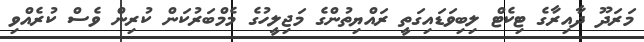
މަރަދޫ ދާއިރާގެ ޓިކެޓް ލިބިވަޑައިގަތީ ރައްޔިތުންގެ މަޖިލީހުގެ މެމްބަރުކަން ކުރިން ވެސް ކުރެއްވި